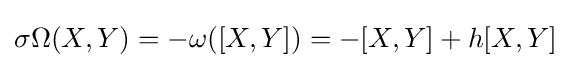
\sigma \Omega (X,Y)=-\omega ([X,Y])=-[X,Y]+h[X,Y]